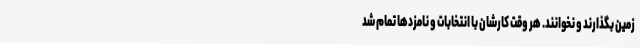
زمین بگذارند و نخوانند. هر وقت کارشان با انتخابات و نامزدها تمام شد